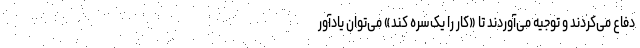
دفاع می‌کردند و توجیه می‌آوردند تا «کار را یک‌سره کند» می‌توان یادآور